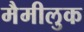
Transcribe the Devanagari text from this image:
मैमीलुक